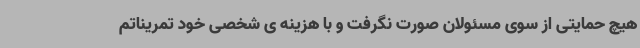
هیچ حمایتی از سوی مسئولان صورت نگرفت و با هزینه ی شخصی خود تمریناتم